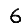
Digit: 6